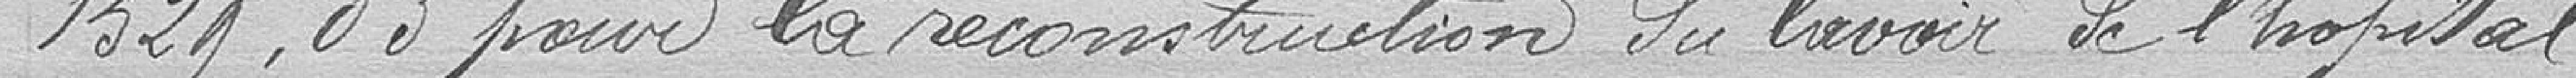
1529, 03 pour la reconstruction du lavoir de l' hôpital.